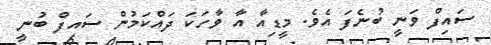
ސައިފް ވަނީ ބުނެފަ އެވެ. މީޑިއާ އާ ވާހަކަ ދައްކަމުން ސައިފް ބުނީ